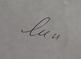
Signature authenticity: genuine